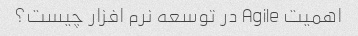
اهمیت Agile در توسعه نرم افزار چیست؟